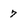
Character: 7